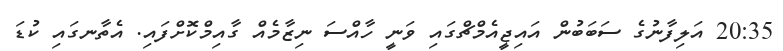
20:35 އަލިފާނުގެ ސަބަބުން އައިޖީއެމްޗްގައި ވަނީ ހާއްސަ ނިޒާމެއް ގާއިމްކޮށްފައި. އެތާނގައި ކުޑަ